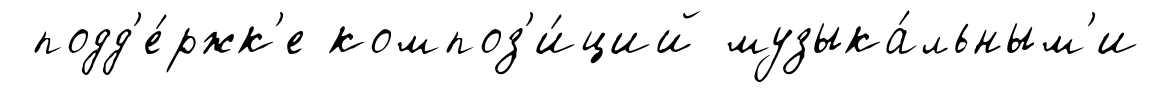
подд'е́ржк'е композ'и́ций музыка́льным'и